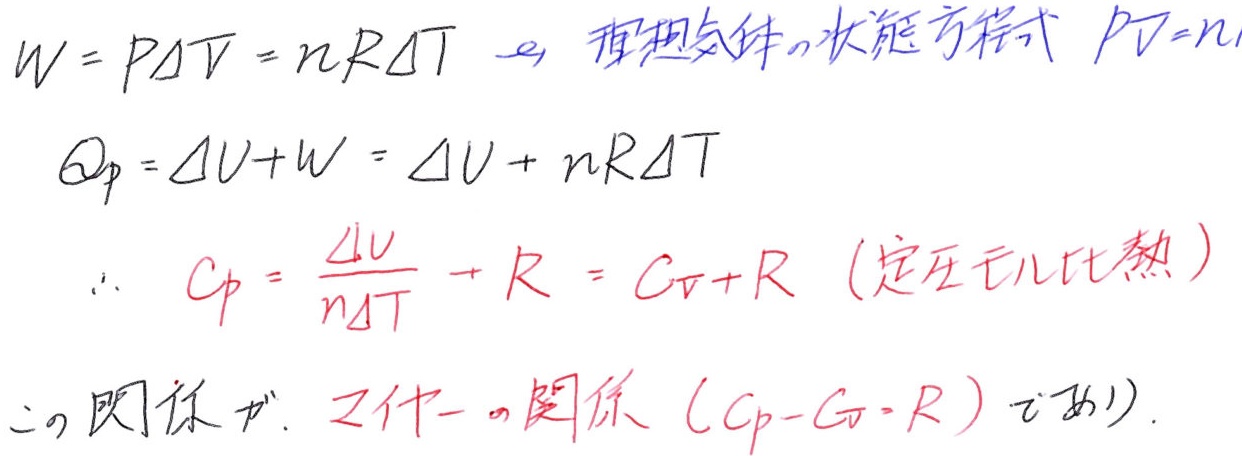
\[
\begin{align*}
W&=P\Delta V=nR\Delta T\quad \text{（理想气体の状態方程式 } PV = nRT\text{）}\\
Q_p&=\Delta U + W=\Delta U + nR\Delta T\\
\therefore\quad C_p&=\frac{\Delta U}{n\Delta T}+R = C_V + R\quad (\text{定圧モル比熱})\\
&\text{この関係をメイヤーの関係 } (C_p - C_V = R)\text{ という})
\end{align*}
\]